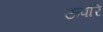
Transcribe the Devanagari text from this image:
ऊपरि